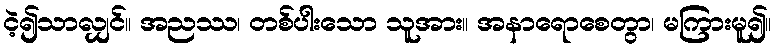
ငဲ့၍သာလျှင်။ အညဿ၊ တစ်ပါးသော သူအား။ အနာရောစေတွာ၊ မကြားမူ၍။